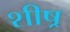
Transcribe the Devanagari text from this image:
शीष्र